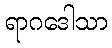
ရာဂဒေါသာ